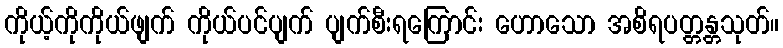
ကိုယ့်ကိုကိုယ်ဖျက် ကိုယ်ပင်ပျက် ပျက်စီးရကြောင်း ဟောသော အစိရပတ္တန္တသုတ်။